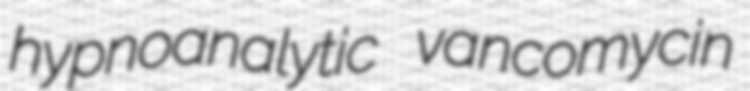
hypnoanalytic vancomycin